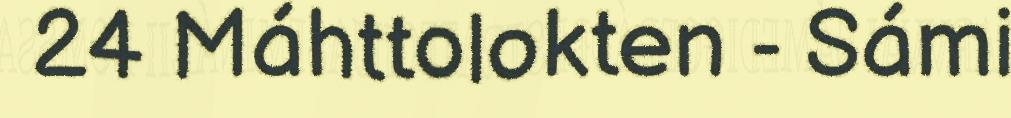
24 Máhttolokten - Sámi